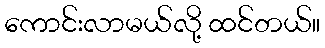
ကောင်းလာမယ်လို့ ထင်တယ်။